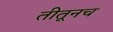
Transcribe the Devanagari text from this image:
तीतूनच